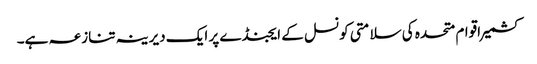
کشمیر اقوام متحدہ کی سلامتی کونسل کے ایجنڈے پر ایک دیرینہ تنازعہ ہے۔